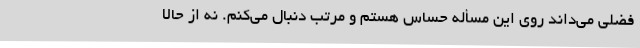
فضلی می‌داند روی این مسأله حساس هستم و مرتب دنبال می‌کنم. نه از حالا